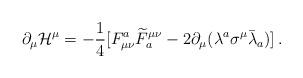
LaTeX: \begin{align*}\partial_\mu{\cal H}^\mu=-\frac{1}{4}[F^a_{\mu\nu}\widetilde{F}_a^{\mu\nu}-2\partial_{\mu}(\lambda^a\sigma^\mu\bar{\lambda}_a)]\, .\end{align*}